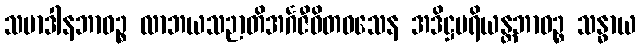
သမာဒါနဘာဝဉ္စ လာဘယသဉာတိအင်္ဂဇီဝိတဝသေန အဒိဋ္ဌပရိယန္တဘာဝဉ္စ သန္ဓာယ